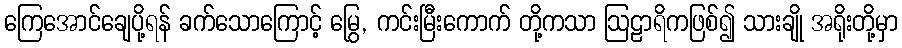
ကြေအောင်ချေပို့ရန် ခက်သောကြောင့် မြွေ, ကင်းမြီးကောက် တို့ကသာ ဩဠာရိကဖြစ်၍ သားချို အရိုးတို့မှာ